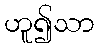
ဟူ၍သာ